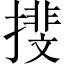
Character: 𢵪